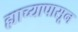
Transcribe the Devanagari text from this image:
ह्याच्यापासून